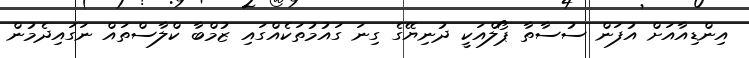
އިންޑިއާއަށް އުފަން ސުސާތާ ޕޯލްއަކީ ދުނިޔޭގެ ގިނަ ގައުމުތަކެއްގައި ޒުމްބާ ކްލާސްތައް ނަގައިދެމުން